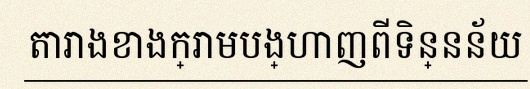
តារាងខាងក្រោមបង្ហាញពីទិន្នន័យ